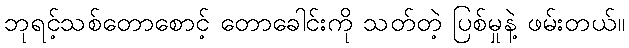
ဘုရင့်သစ်တောစောင့် တောခေါင်းကို သတ်တဲ့ ပြစ်မှုနဲ့ ဖမ်းတယ်။